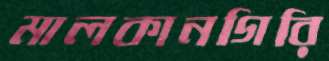
মালকানগিরি